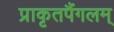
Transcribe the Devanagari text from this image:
प्राकृतपैंगलम्